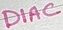
Text: DIAC